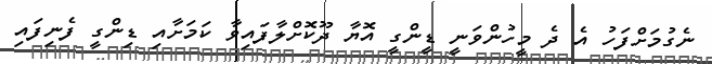
ނެގުމަށްފަހު އެ ދެ މީހުންވަނީ ޑީންގީ އޮޔާ ދޫކޮށްލާފައިވާ ކަމަށާއި ޑިންގީ ފެނިފައި